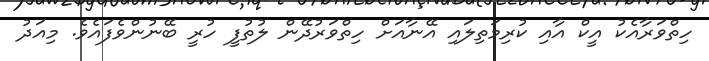
ހިތްވަރާއެކު އީކް އާއި ކުރިމަތިލައި އޭނާއަށް ހިތްވަރުދޭން ލުތުފީ ހުރީ ބޭނުންވެފައެވެ. މިއަދު